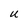
Character: U